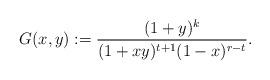
LaTeX: \begin{align*}G(x,y):=\frac{(1+y)^k}{(1+xy)^{t+1}(1-x)^{r-t}}.\end{align*}